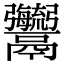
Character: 𩱱